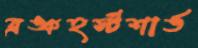
ব্রঙ্কহর্স্টশার্ঙ